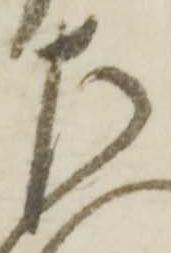
左